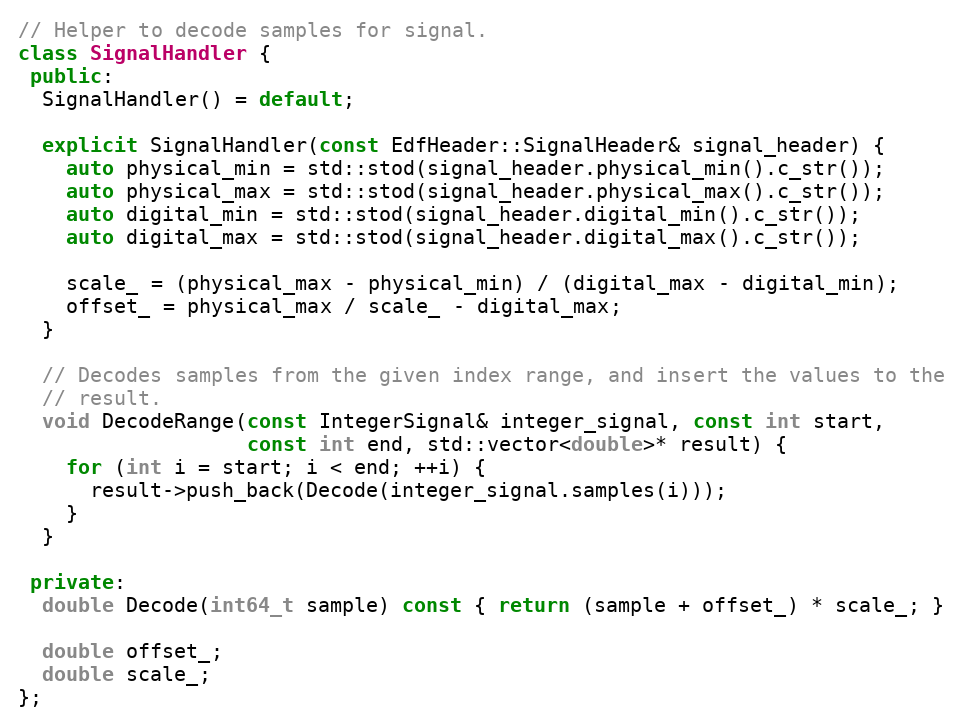
Language: C++
// Helper to decode samples for signal.
class SignalHandler {
 public:
  SignalHandler() = default;

  explicit SignalHandler(const EdfHeader::SignalHeader& signal_header) {
    auto physical_min = std::stod(signal_header.physical_min().c_str());
    auto physical_max = std::stod(signal_header.physical_max().c_str());
    auto digital_min = std::stod(signal_header.digital_min().c_str());
    auto digital_max = std::stod(signal_header.digital_max().c_str());

    scale_ = (physical_max - physical_min) / (digital_max - digital_min);
    offset_ = physical_max / scale_ - digital_max;
  }

  // Decodes samples from the given index range, and insert the values to the
  // result.
  void DecodeRange(const IntegerSignal& integer_signal, const int start,
                   const int end, std::vector<double>* result) {
    for (int i = start; i < end; ++i) {
      result->push_back(Decode(integer_signal.samples(i)));
    }
  }

 private:
  double Decode(int64_t sample) const { return (sample + offset_) * scale_; }

  double offset_;
  double scale_;
};